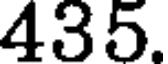
435.